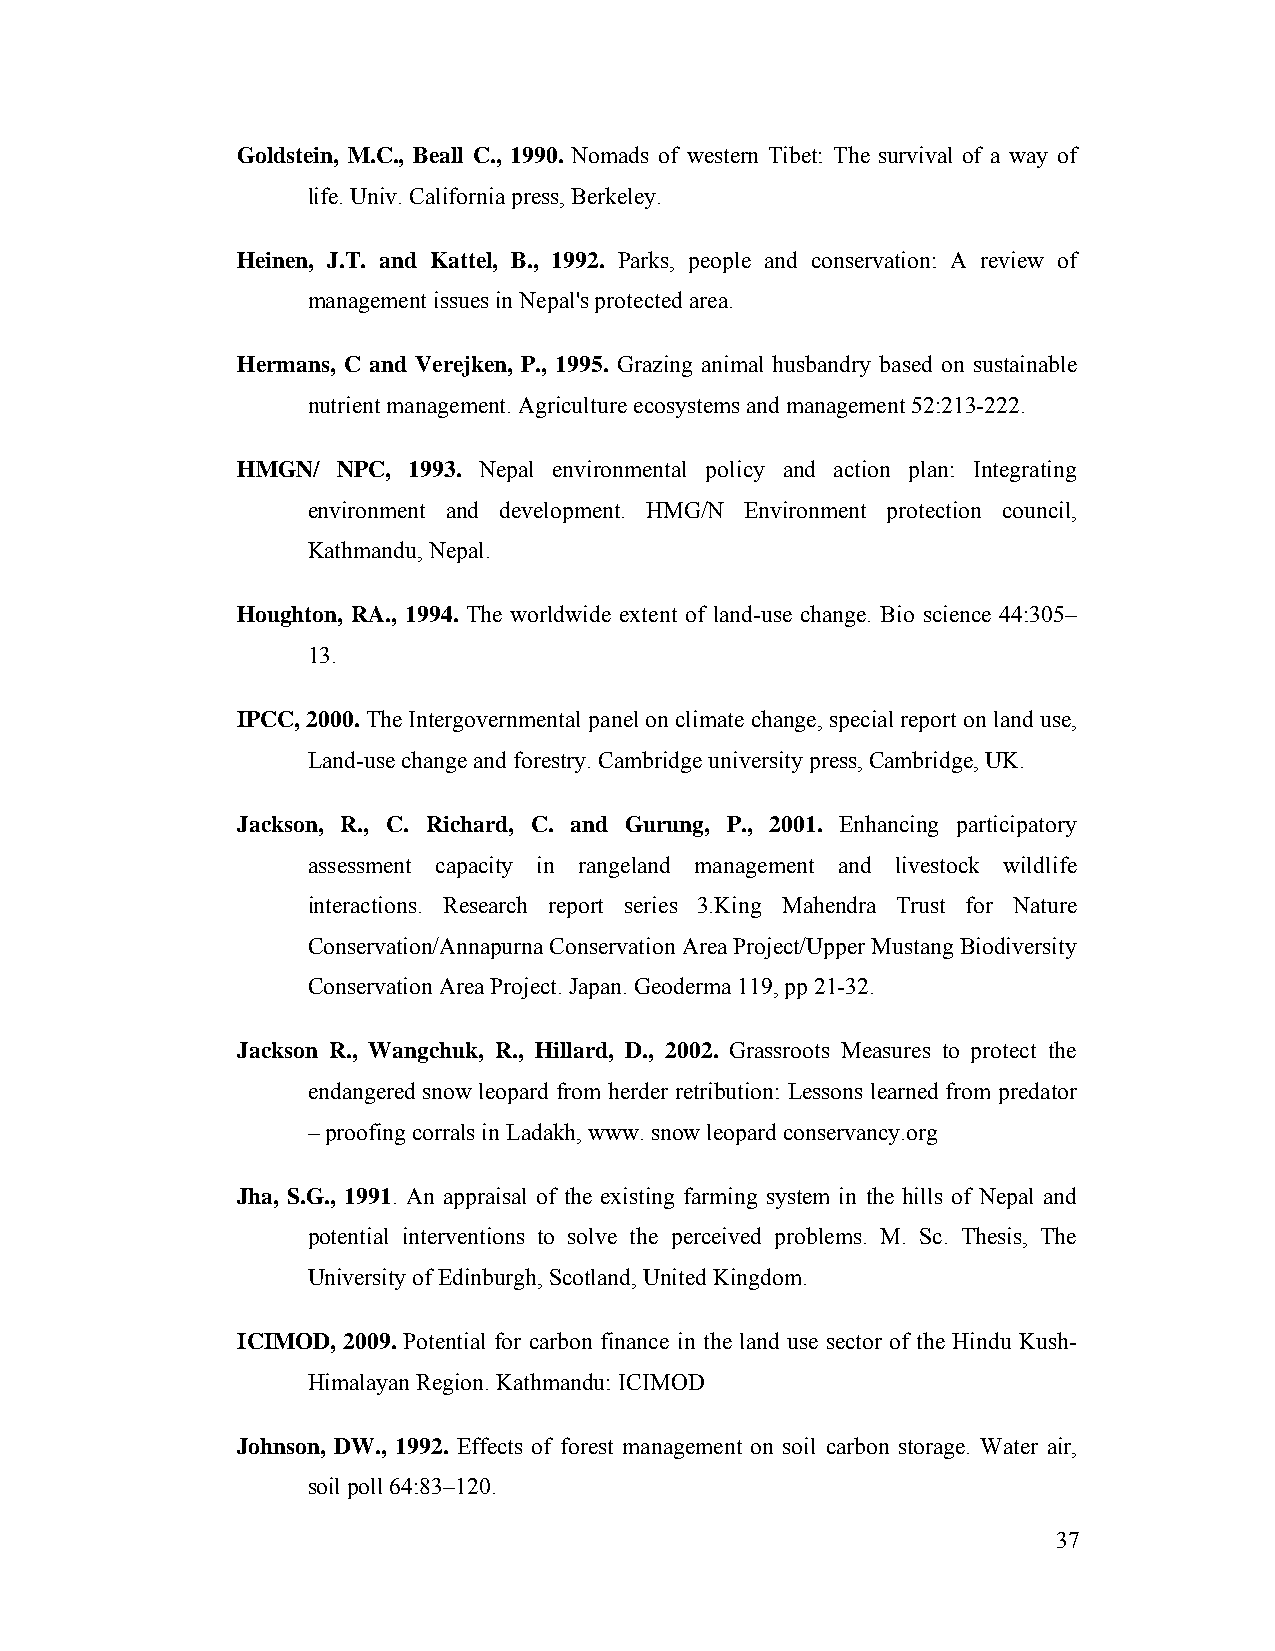
Goldstein, M.C., Beall C., 1990. Nomads of western Tibet: The survival of a way of
 life. Univ. California press, Berkeley.
 Heinen, J.T. and Kattel, B., 1992. Parks, people and conservation: A review of
 management issues in Nepal's protected area.
 Hermans, C and Verejken, P., 1995. Grazing animal husbandry based on sustainable
 nutrient management. Agriculture ecosystems and management 52:213-222.
 HMGN/ NPC, 1993. Nepal environmental policy and action plan: Integrating
 environment and development. HMG/N Environment protection council,
 Kathmandu, Nepal.
 Houghton, RA., 1994. The worldwide extent of land-use change. Bio science 44:305–
 13.
 IPCC, 2000. The Intergovernmental panel on climate change, special report on land use,
 Land-use change and forestry. Cambridge university press, Cambridge, UK.
 Jackson, R., C. Richard, C. and Gurung, P., 2001. Enhancing participatory
 assessment capacity in rangeland management and livestock wildlife
 interactions. Research report series 3.King Mahendra Trust for Nature
 Conservation/Annapurna Conservation Area Project/Upper Mustang Biodiversity
 Conservation Area Project. Japan. Geoderma 119, pp 21-32.
 Jackson R., Wangchuk, R., Hillard, D., 2002. Grassroots Measures to protect the
 endangered snow leopard from herder retribution: Lessons learned from predator
 – proofing corrals in Ladakh, www. snow leopard conservancy.org
 Jha, S.G., 1991. An appraisal of the existing farming system in the hills of Nepal and
 potential interventions to solve the perceived problems. M. Sc. Thesis, The
 University of Edinburgh, Scotland, United Kingdom.
 ICIMOD, 2009. Potential for carbon finance in the land use sector of the Hindu Kush-
 Himalayan Region. Kathmandu: ICIMOD
 Johnson, DW., 1992. Effects of forest management on soil carbon storage. Water air,
 soil poll 64:83–120.
 37